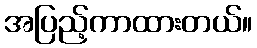
အပြည့်ကာထားတယ်။